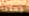
جعلنا